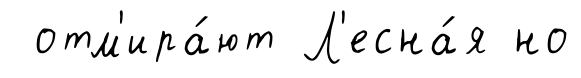
отм'ира́ют Л'есна́я но